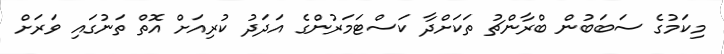
މިކަމުގެ ސަބަބުން ބްރާންޗު ތަކަށްދާ ކަސްޓަމަރުންގެ އަދަދު ކުރިއަށް އޮތް ތަނުގައި ވަރަށް